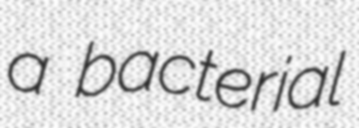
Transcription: a bacterial